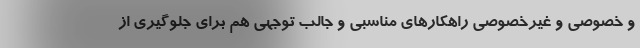
و خصوصی و غیرخصوصی راهکارهای مناسبی و جالب توجهی هم برای جلوگیری از